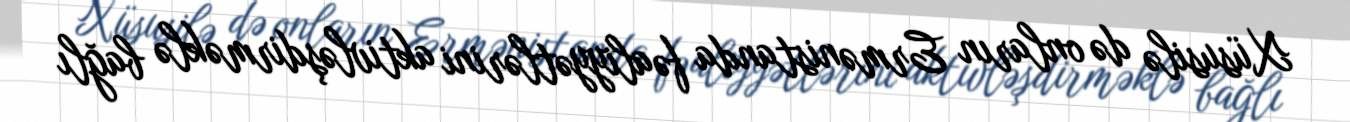
Xüsusilə də onların Ermənistanda fəaliyyətlərini aktivləşdirməklə bağlı